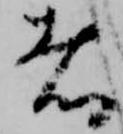
者